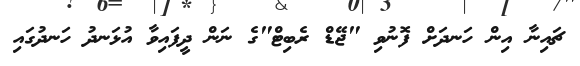
ޗައިނާ އިން ހަނދަށް ފޮނުވި "ޖޭޑް ރެބިޓް"ގެ ނަން ދީފައިވާ އުޅަނދު ހަނދުގައި